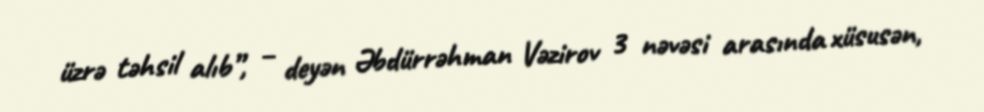
üzrə təhsil alıb”, – deyən Əbdürrəhman Vəzirov 3 nəvəsi arasında xüsusən,